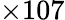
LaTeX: \times 107